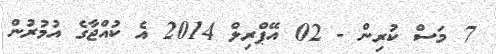
7 މަސް ކުރިން - 02 އޭޕްރިލް 2014 އެ ކުއްޖާގެ އުމުރުން